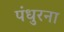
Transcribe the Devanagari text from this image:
पंधुरना